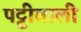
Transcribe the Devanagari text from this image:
पट्टीवाली